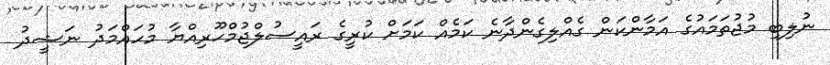
ނުލިބި މުޖުތަމައުގެ އަމާންކަން ގެއްލިގެންދާނެ ކަމެއް ކަމަށް ކުރީގެ ރައީސުލްޖުމްހޫރިއްޔާ މުހައްމަދު ނަޝީދު